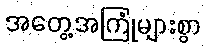
အတွေ့အကြုံများစွာ